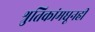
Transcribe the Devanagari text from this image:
श्रुतिकांमधूनही